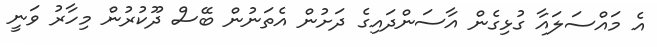
އެ މައްސަލައާ ގުޅިގެން އާސަންދައިގެ ދަށުން އެތަނުން ބޭސް ދޫކުރުން މިހާރު ވަނީ